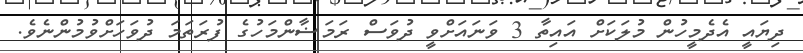
ދިޔައީ އެދެމީހުން މުލަކަށް އައިތާ 3 ވަނައަށްވީ ދުވަސް ރަމަޟާންމަހުގެ ފުރަތަމަ ދުވަހަށްވުމުންނެވެ.